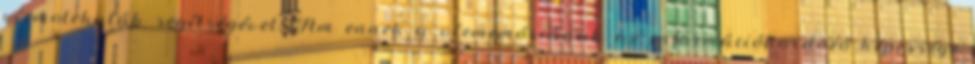
vízmolekulák segítségével. Ám ennek a vízmemóriának az információhordozó képessége